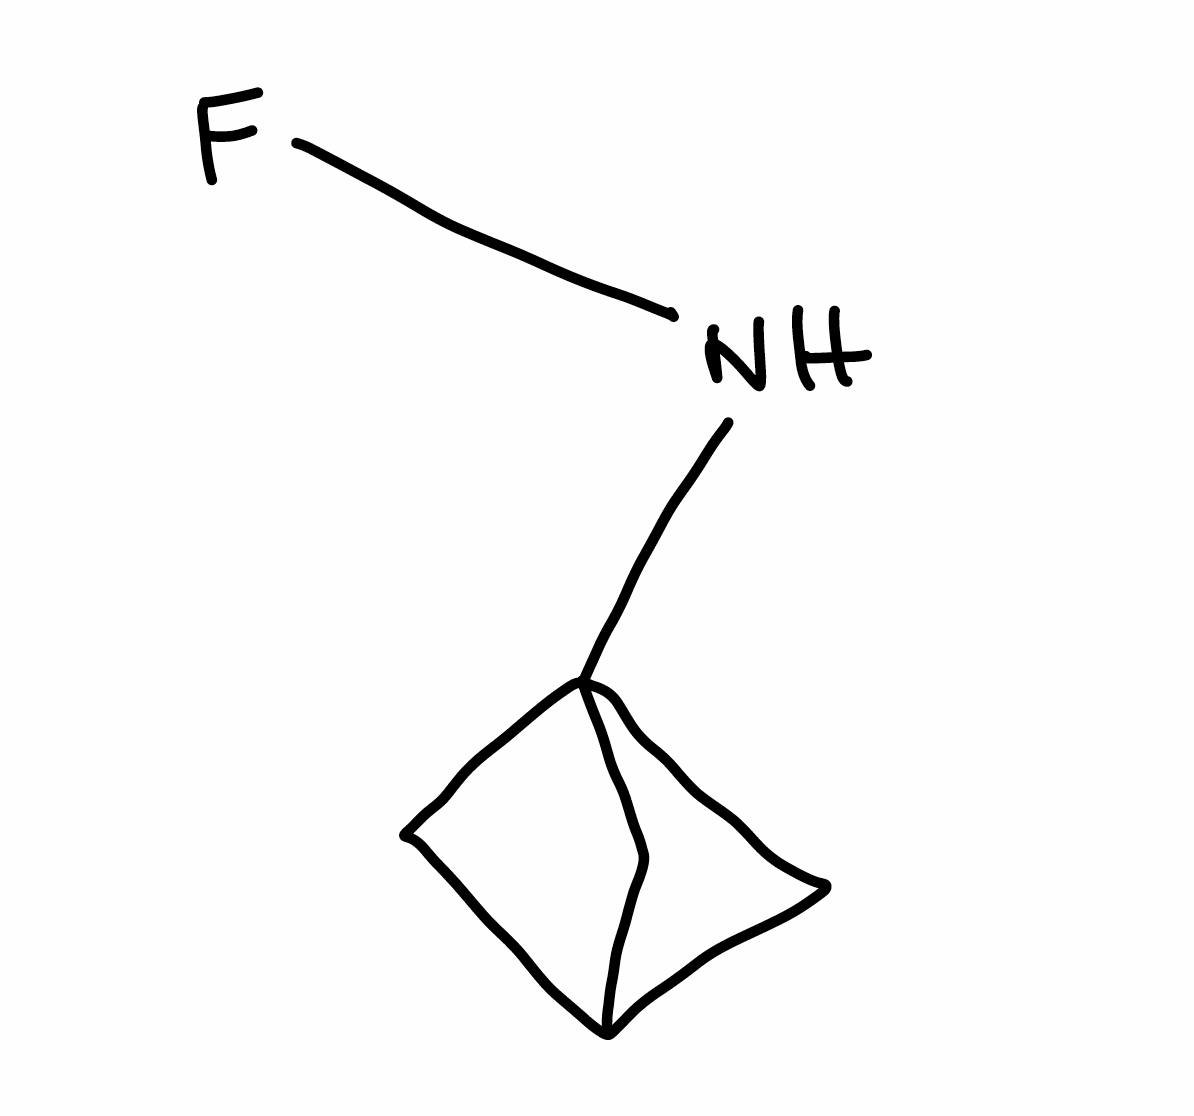
Simplified molecular-input line-entry system (SMILES) notation of the given molecule:
C1C2CC1(C2)NF